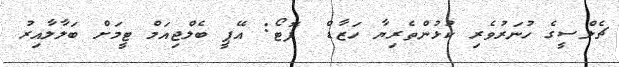
ޗެލްސީގެ ހުނަރުވެރި ކުޅުންތެރިޔާ ހަޒާޑް  ފޮޓޯ: އޭޕީ ބެލްޖިއަމް ޓީމަށް ބަލާލާއިރު